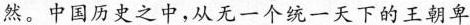
然。中国历史之中，从无一个统一天下的王朝卑